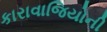
કારાવાજિયોની